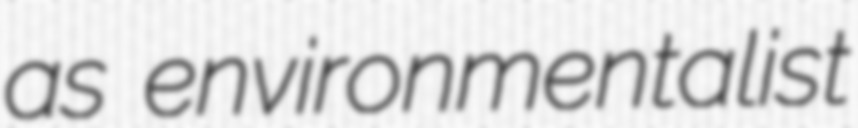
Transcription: as environmentalist